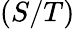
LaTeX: (S/T)